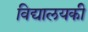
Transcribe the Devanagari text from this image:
विद्यालयकी